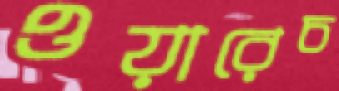
ওয়ারেচ